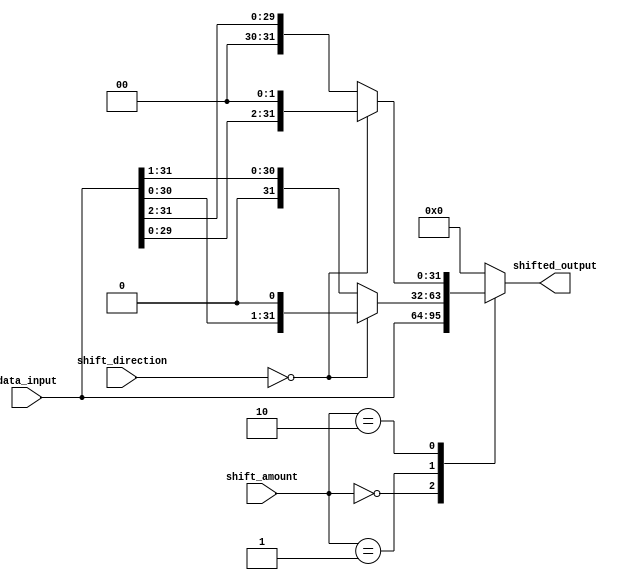
module Hybrid_Barrel_Shifter (
  input [31:0] data_input,
  input [4:0] shift_amount,
  input [1:0] shift_direction,
  output reg [31:0] shifted_output
);

  always @(*)
  begin
    case(shift_amount)
      5'b00000: shifted_output = data_input; // no shift
      5'b00001: shifted_output = (shift_direction == 2'b00) ? data_input << 1 : data_input >> 1; // shift by 1
      5'b00010: shifted_output = (shift_direction == 2'b00) ? data_input << 2 : data_input >> 2; // shift by 2
      // continue for other shift amounts
      default: shifted_output = 32'b0; // default case
    endcase
  end

endmodule